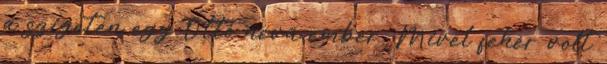
a szigeten egy Ottó nevű ember. Mivel fehér volt